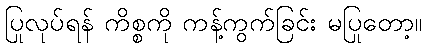
ပြုလုပ်ရန် ကိစ္စကို ကန့်ကွက်ခြင်း မပြုတော့။